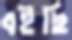
বইছি